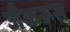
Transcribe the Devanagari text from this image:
जैकरूस